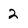
Character: 2